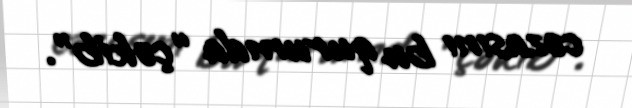
cəzasını bu qurumda “çəkib”.